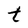
Character: t